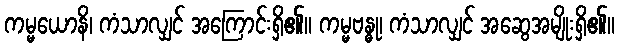
ကမ္မယောနိ၊ ကံသာလျှင် အကြောင်းရှိ၏။ ကမ္မဗန္ဓု၊ ကံသာလျှင် အဆွေအမျိုးရှိ၏။